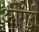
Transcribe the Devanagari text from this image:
ओगुरी